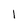
Character: l